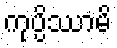
ကုပ္ပိဿာမိ